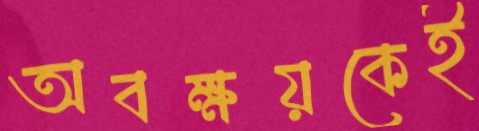
অবক্ষয়কেই